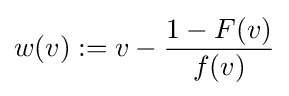
w(v):=v-{\frac {1-F(v)}{f(v)}}